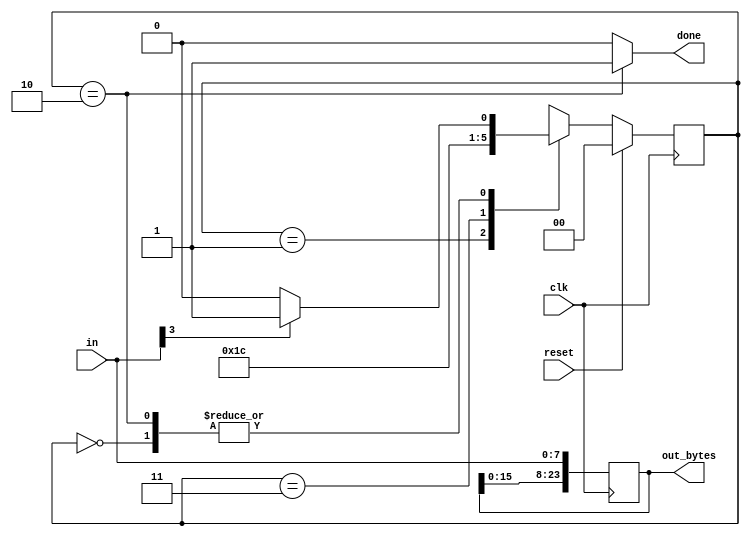
module top_module (
    input             clk,
    input      [ 7:0] in,
    input             reset,      // Synchronous reset
    output reg [23:0] out_bytes,
    output            done
);  //

    // FSM from fsm_ps2
    parameter reg [1:0] BYTE1 = 2'b00;
    parameter reg [1:0] BYTE2 = 2'b01;
    parameter reg [1:0] BYTE3 = 2'b11;
    parameter reg [1:0] DONE = 2'b10;

    reg [1:0] state, next_state;

    // State transition logic (combinational)
    always @(*) begin
        case (state)
            BYTE1: next_state = (in[3] == 1'b1) ? BYTE2 : BYTE1;
            BYTE2: next_state = BYTE3;
            BYTE3: next_state = DONE;
            DONE:  next_state = (in[3] == 1'b1) ? BYTE2 : BYTE1;
        endcase
    end


    // State flip-flops (sequential)
    always @(posedge clk) begin
        if (reset == 1'b1) state <= BYTE1;
        else begin
            state <= next_state;
        end
    end


    // Output logic
    assign done = (state == DONE) ? 1'b1 : 1'b0;


    // New: Datapath to store incoming bytes.
    always @(posedge clk) begin
        out_bytes[23:8] <= out_bytes[15:0];
        out_bytes[7:0]  <= in[7:0];
    end

endmodule